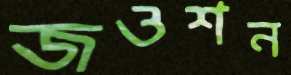
জওশন